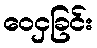
ဝေငှခြင်း